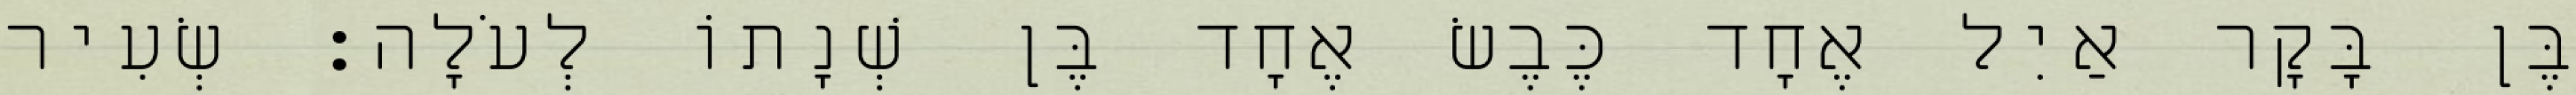
בֶּן בָּקָר אַיִל אֶחָד כֶּבֶשׂ אֶחָד בֶּן שְׁנָתוֹ לְעֹלָה׃ שְׂעִיר